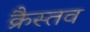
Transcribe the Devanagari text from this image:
क्रैस्तव